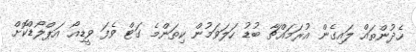
ހެދުންތައް ލައިގެން އުރަމައްޗާ ބުޑު ހަލަވަމުން ކިތަންމެ ގަޓް ވެފަ ވީޑިއޯ އަޕްލޯޑްކޮށް